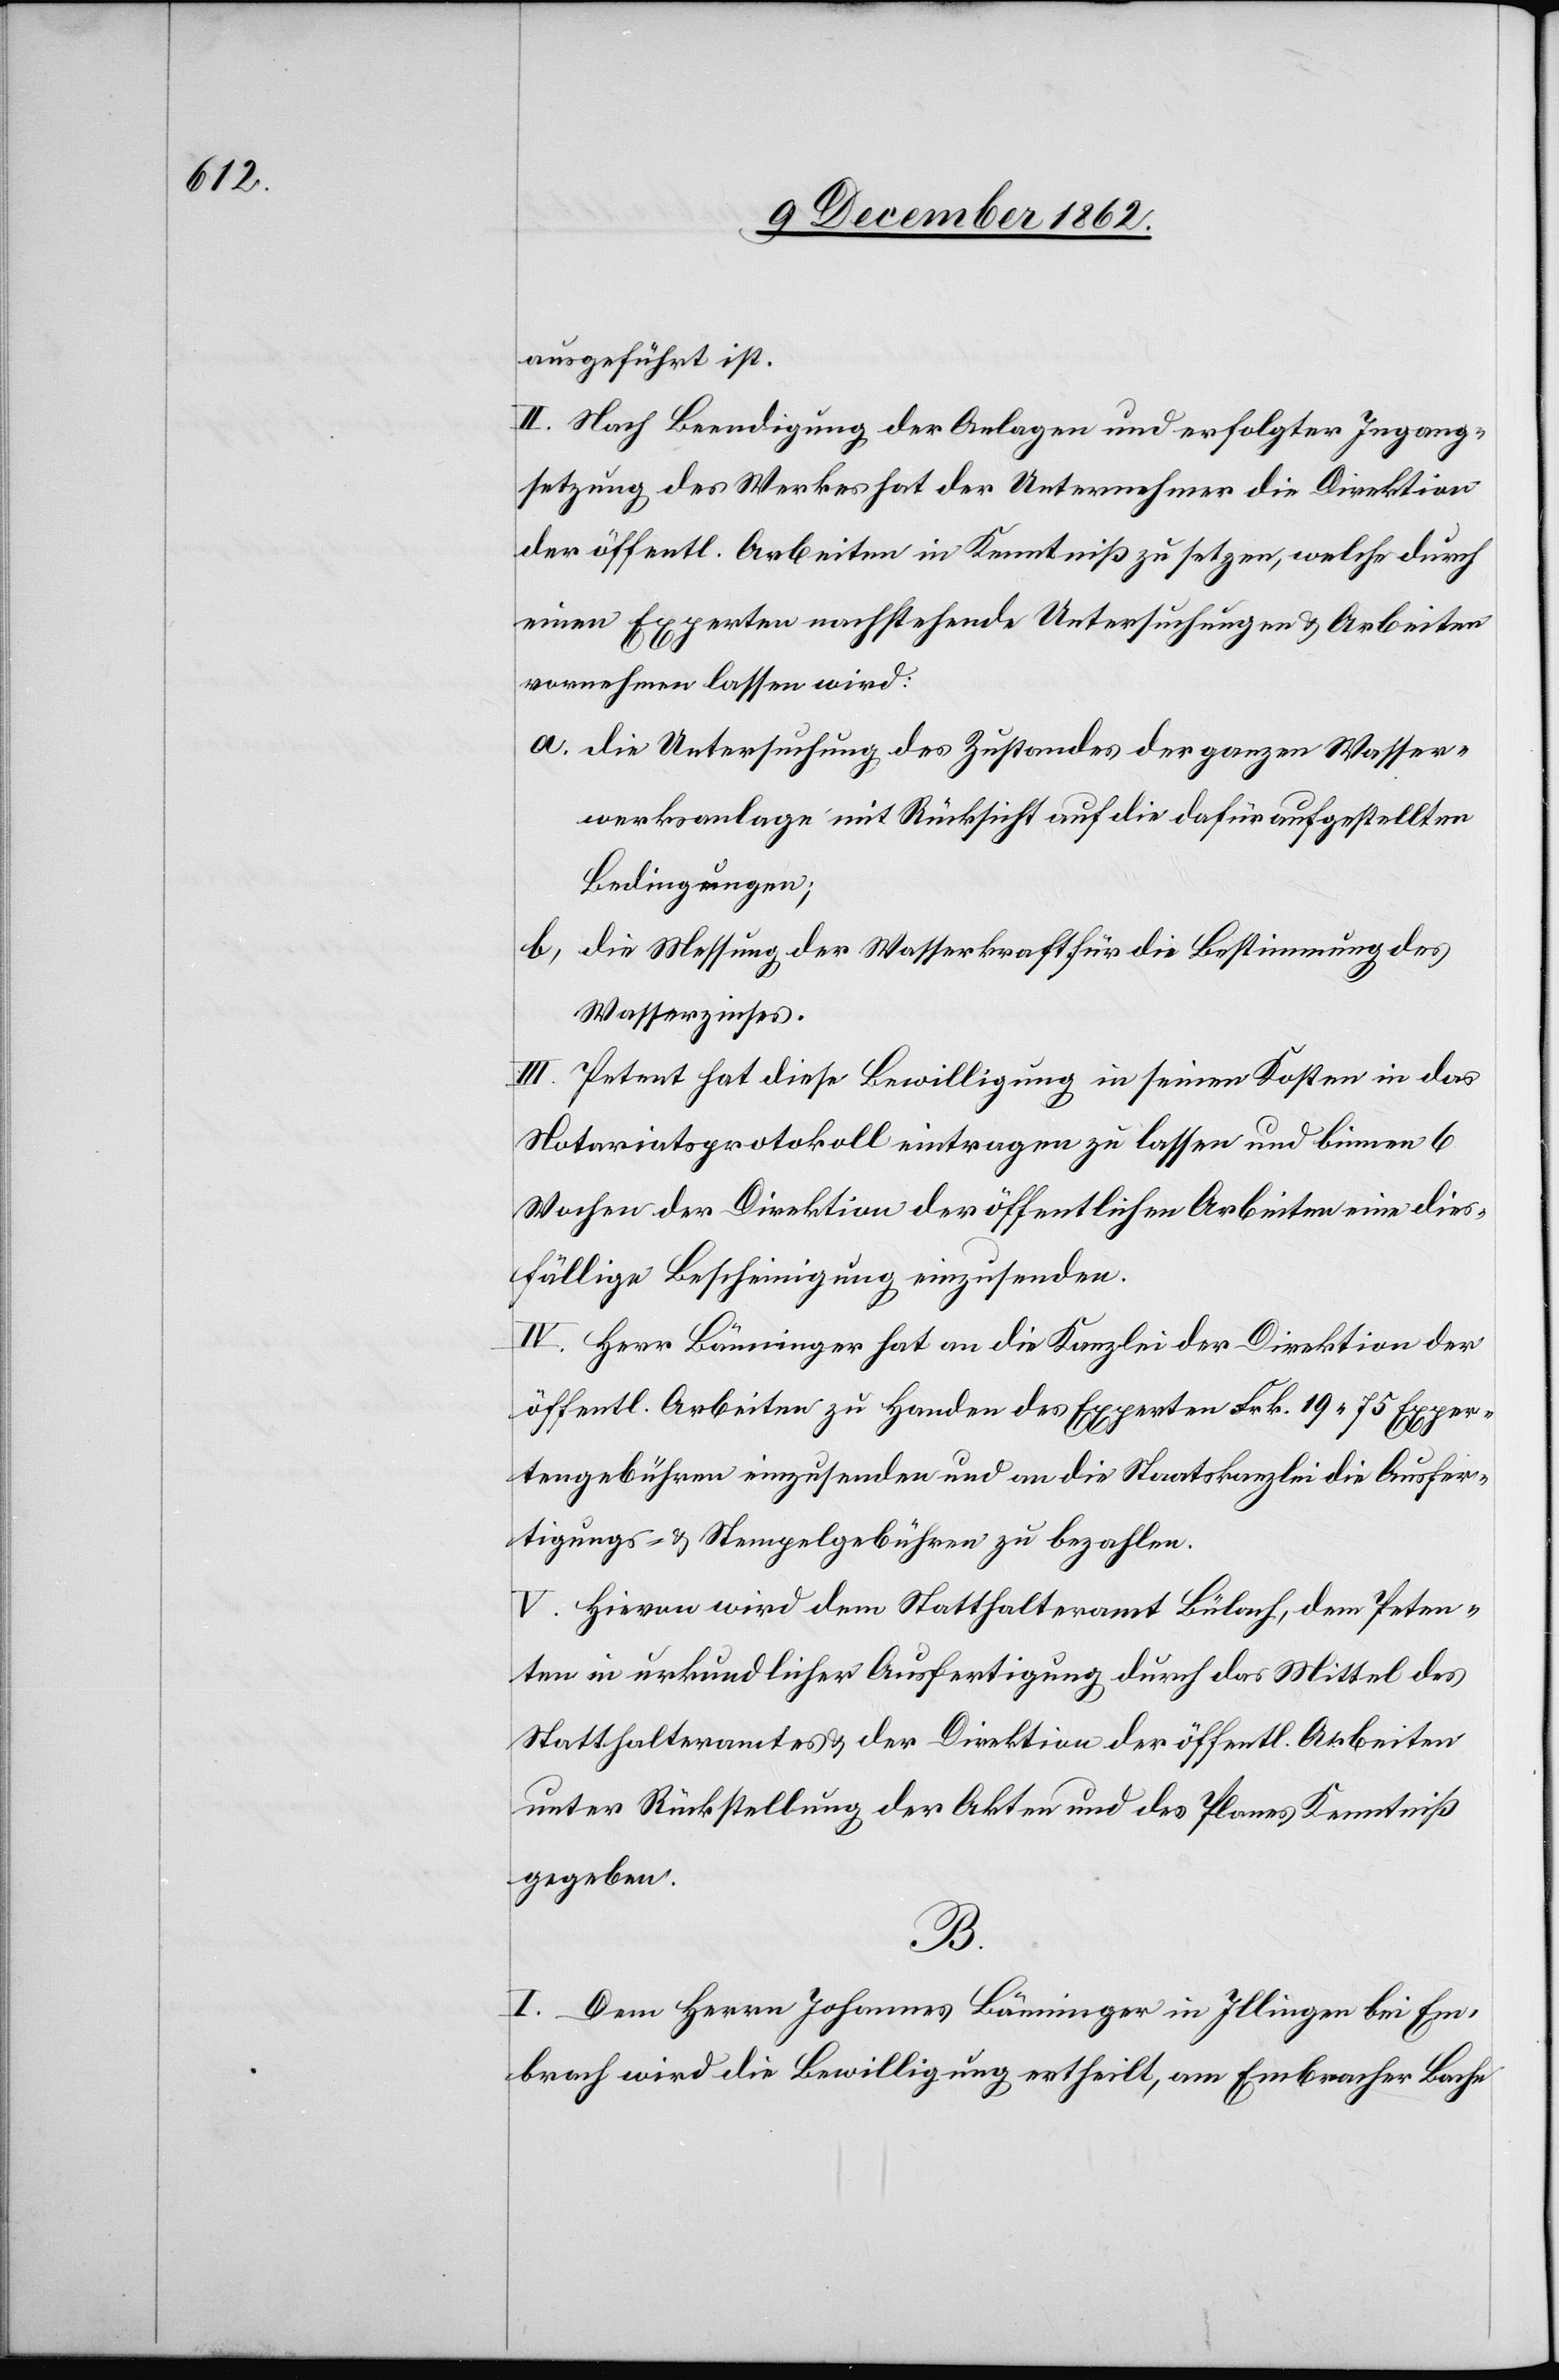
ausgeführt ist.
II. Nach Beendigung der Anlagen und erfolgter Ingang¬
setzung des Werkes hat der Unternehmer die Direktion
der öffentl. Arbeiten in Kenntniß zu setzen, welche durch
einen Experten nachstehende Untersuchungen u. Arbeiten
vornehmen lassen wird:
a. die Untersuchung des Zustandes der ganzen Wasser¬
werksanlage mit Rücksicht auf die dafür aufgestellten
Bedingungen;
b. die Messung der Wasserkraft für die Bestimmung des
Wasserzinses.
III. Petent hat diese Bewilligung in seinen Kosten in das
Notariatsprotokoll eintragen zu lassen und binnen 6
Wochen der Direktion der öffentlichen Arbeiten eine dies¬
fällige Bescheinigung einzusenden.
IV. Herr Bänninger hat an die Kanzlei der Direktion der
öffentl. Arbeiten zu Handen des Experten Frk. 19 75 Exper¬
tengebühren einzusenden und an die Staatskanzlei die Ausfer¬
tigungs- u. Stempelgebühren zu bezahlen.
V. Hievon wird dem Statthalteramt Bülach, dem Peten¬
ten in urkundlicher Ausfertigung durch das Mittel des
Statthalteramtes u. der Direktion der öffentl. Arbeiten
unter Rückstellung der Akten und des Planes Kenntniß
gegeben.
B.
I. Dem Herrn Johannes Bänninger in Illingen bei Em¬
brach wird die Bewiligung ertheilt, am Embracher Bache